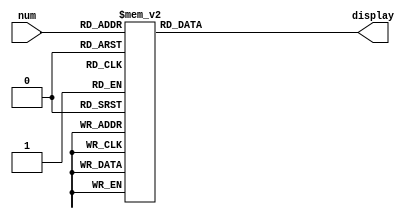
/*
Author: Nathan Spence

Program Name: hex7seg

Creation Date: 2/27/2023

Date Last Updated: 2/27/2023

Function: This program allows simple interfacing with the 7-segment hex display on the DE10 lite.

Method: Directly map inputs to output combinations

Inputs: A 3-bit integer value

Outputs: The hex display lights.

Comments:
*/

module hex7seg(
input[3:0] num,
output reg [6:0] display);

	always@(num)
		case(num)
			4'h0:display=7'b1000000; //Displays 0
			4'h1:display=7'b1111001; //Displays 1
			4'h2:display=7'b0100100; //Displays 2
			4'h3:display=7'b0110000; //Displays 3
			4'h4:display=7'b0011001; //Displays 4
			4'h5:display=7'b0010010; //Displays 5
			4'h6:display=7'b0000010; //Displays 6
			4'h7:display=7'b1111000; //Displays 7
			4'h8:display=7'b0000000; //Displays 8
			4'h9:display=7'b0011000; //Displays 9
			4'hA:display=7'b0001000; //Displays A
			4'hb:display=7'b0000011; //Displays b
			4'hc:display=7'b1000110; //Displays c
			4'hd:display=7'b0100001; //Displays d
			4'hE:display=7'b0000110; //Displays E
			4'hF:display=7'b0001110; //Displays F
			default:display=7'bx; //Shouldn't ever happen
		endcase
endmodule